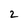
Character: 2